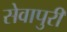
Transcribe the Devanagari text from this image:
सेवापुरी